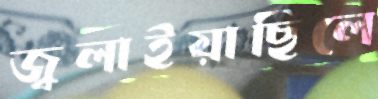
জ্বলাইয়াছিলে